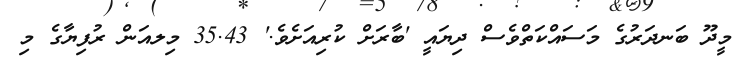
މީދޫ ބަނދަރުގެ މަސައްކަތްވެސް ދިޔައީ 'ބާރަށް ކުރިއަށެވެ.' 35.43 މިލއަން ރުފިޔާގެ މި